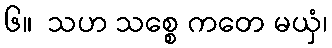
၆။  သဟ သစ္စေ ကတေ မယှံ၊